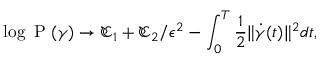
\log \mathrm { ~ P ~ } ( \gamma ) \rightarrow \mathfrak { C } _ { 1 } + \mathfrak { C } _ { 2 } / \epsilon ^ { 2 } - \int _ { 0 } ^ { T } \frac { 1 } { 2 } \| \dot { \gamma } ( t ) \| ^ { 2 } d t ,